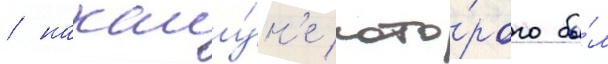
/ накану́н'е кото́рого бы́л